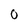
Character: 0